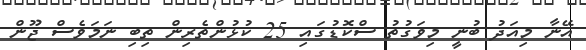
އޭނާ މިއަދު ބުނީ މިވަގުތު ސްކޮޑުގައި 25 ކުޅުންތެރިން ތިބި ނަމަވެސް ޖޫން